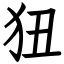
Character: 狃